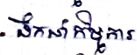
ដឹកនាំកិច្ចការ